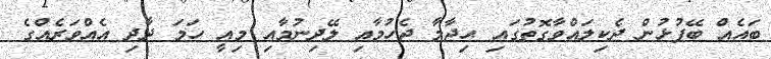
ބައެއް ބޭފުޅުން ދެކިލައްވާގޮތުގައި ޙިޖާމާ ޖެހުމާއި ލޭދިނުމާއި މިއީ ހަމަ ދާދި އެއްވަރެއްގެ